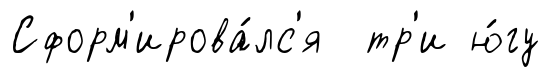
Сформ'ирова́лс'я тр'и ю́гу